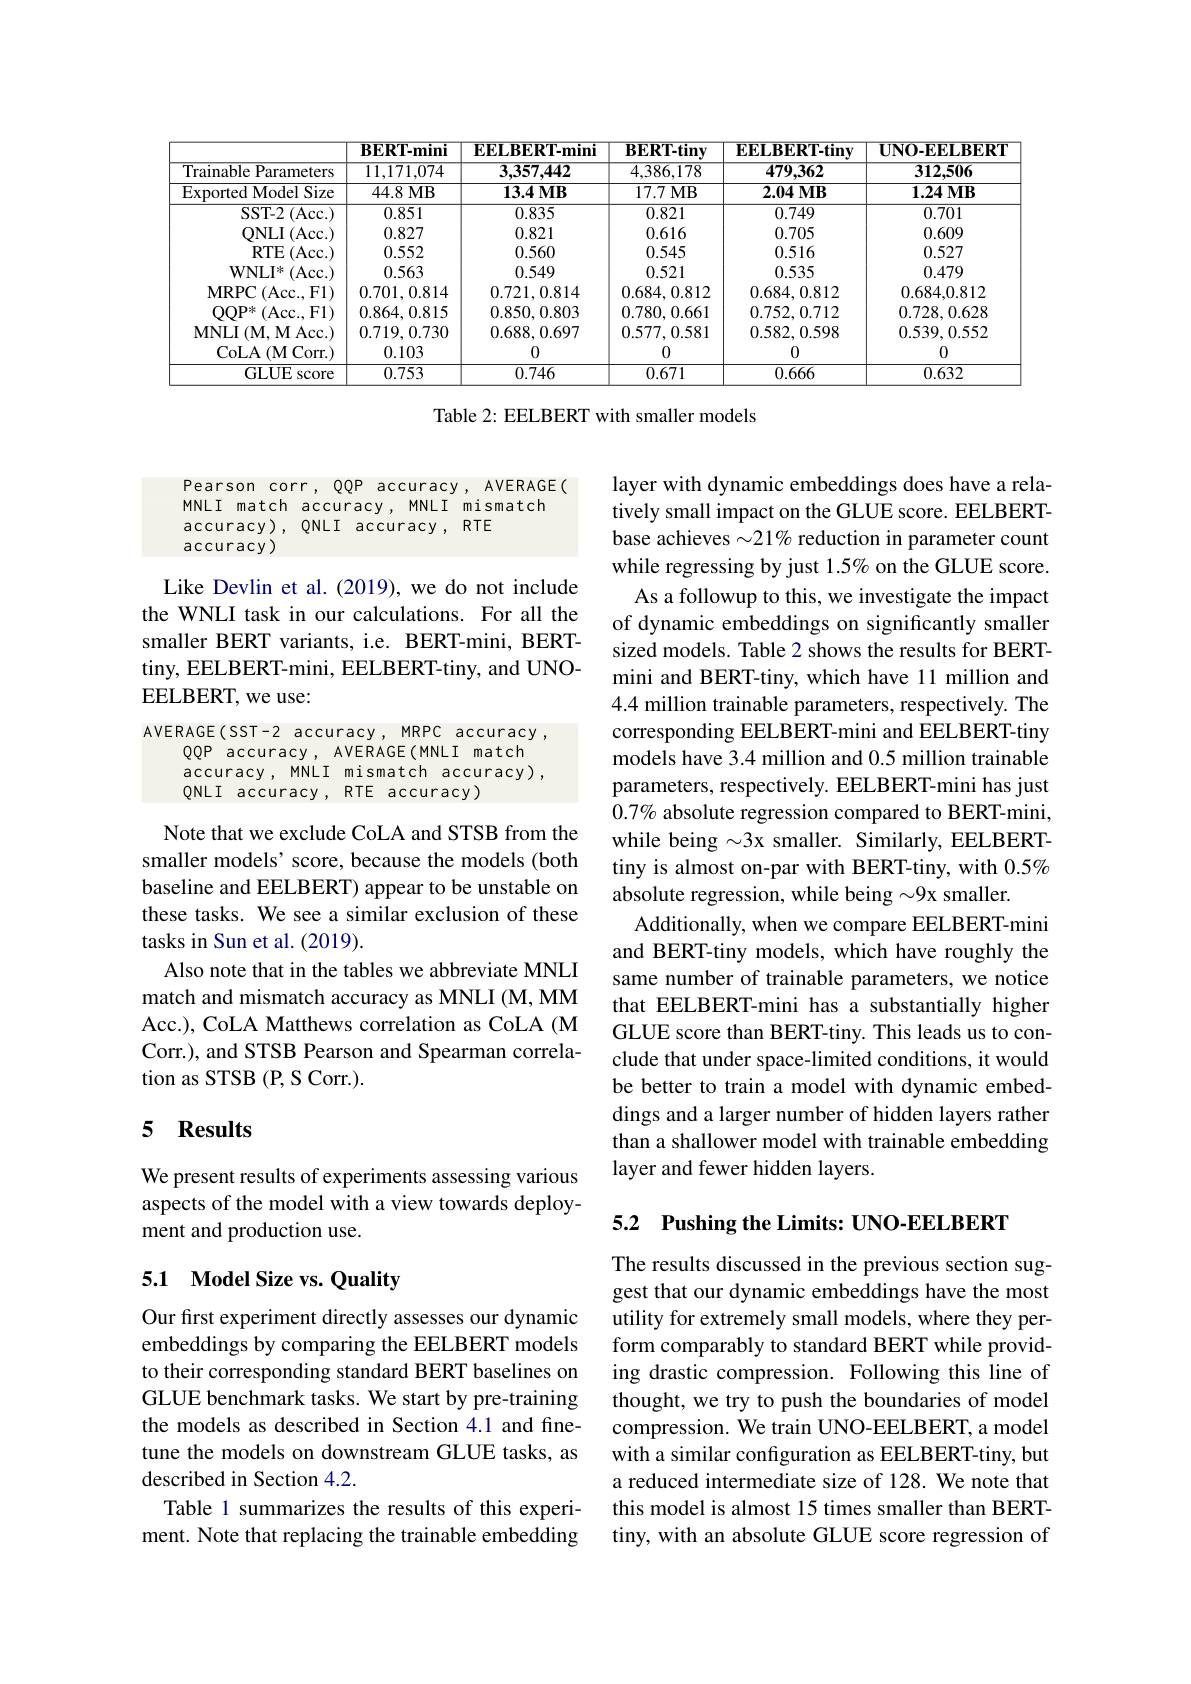
<table>
	<tbody>
		<tr>
			<th> </th>
			<th>$\mathbf{BERT-mini}$</th>
			<th>EELBERT-mini</th>
			<th>$\mathbf{BERT-tiny}$</th>
			<th>$\mathbf{EELBERT-tiny}$</th>
			<th>$\mathbf{UNO-EELBERT}$</th>
		</tr>
		<tr>
			<td>Trainable Parameters</td>
			<td>11,171,074</td>
			<td>3,357,442</td>
			<td>4,386,178</td>
			<td>479,362</td>
			<td>312,506</td>
		</tr>
		<tr>
			<td>Exported Model Size</td>
			<td>44.8MB</td>
			<td>$13.4MB$</td>
			<td>17.7MB</td>
			<td>$2.04MB$</td>
			<td>$1.24MB$</td>
		</tr>
		<tr>
			<td>SST- 2$\left ( \mathrm{Acc. }\right )$</td>
			<td>0.851</td>
			<td>0.835</td>
			<td>0.821</td>
			<td>0.749</td>
			<td>0.701</td>
		</tr>
		<tr>
			<td>QNLI$\left ( \mathrm{Acc. }\right )$</td>
			<td>0.827</td>
			<td>0.821</td>
			<td>0.616</td>
			<td>0.705</td>
			<td>0.609</td>
		</tr>
		<tr>
			<td>$RTE$ ${\mathcal{E}}\left(\mathrm{Acc.}\right)$</td>
			<td>0.552</td>
			<td>0.560</td>
			<td>0.545</td>
			<td>0.516</td>
			<td>0.527</td>
		</tr>
		<tr>
			<td>$\mathbf{WNLI}^{*}$ (Acc. )</td>
			<td>0.563</td>
			<td>0.549</td>
			<td>0.521</td>
			<td>0.535</td>
			<td>0.479</td>
		</tr>
		<tr>
			<td>MRPC$\left ( \mathrm{Acc. , F1}\right )$</td>
			<td>0.701,0.814</td>
			<td>0.721,0.814</td>
			<td>0.684,0.812</td>
			<td>0.684,0.812</td>
			<td>0.684,0.812</td>
		</tr>
		<tr>
			<td>$\mathrm{OOP}^{*}$ (Acc.,F1)</td>
			<td>0.864,0.815</td>
			<td>0.850,0.803</td>
			<td>0.780,0.661</td>
			<td>0.752,0.712</td>
			<td>0.728,0.628</td>
		</tr>
		<tr>
			<td>MNLI $\textbf{I}( \mathbf{M} , \mathbf{M}$Acc.)</td>
			<td>0.719,0.730</td>
			<td>0.688,0.697</td>
			<td>0.577,0.581</td>
			<td>0.582,0.598</td>
			<td>0.539,0.552</td>
		</tr>
		<tr>
			<td>CoLA ( M Corr. ) </td>
			<td>0.103</td>
			<td>0</td>
			<td>0</td>
			<td>0</td>
			<td>0</td>
		</tr>
		<tr>
			<td>GLUE ${\mathrm{E~score}}$</td>
			<td>0.753</td>
			<td>0.746</td>
			<td>0.671</td>
			<td>0.666</td>
			<td>0.632</td>
		</tr>
	</tbody>
</table>

Table 2: EELBERT with smaller models

Pearson corr, QQP accuracy, AVERAGE(

MNLI match accuracy, MNLI mismatch

accuracy), QNLI accuracy, RTE

accuracy)

Like Devlin et al.(2019), we do not include the WNLI task in our calculations. For all the smaller BERT variants, i.e. BERT-mini, BERTtiny, EELBERT-mini, EELBERT-tiny, and UNOEELBERT, we use:

AVERAGE(SST-2 accuracy, MRPC accuracy ,
QQP accuracy, AVERAGE(MNLI match accuracy, MNLI mismatch accuracy), QNLI accuracy , RTE accuracy )

layer with dynamic embeddings does have a relatively small impact on the GLUE score. EELBERTbase achieves $\sim21\%$ reduction in parameter count while regressing by just 1.5% on the GLUE score. As a followup to this, we investigate the impact
of dynamic embeddings on significantly smaller sized models. Table 2 shows the results for BERTmini and BERT-tiny, which have 11 million and 4.4 million trainable parameters, respectively. The corresponding EELBERT-mini and EELBERT-tiny models have 3.4 million and 0.5 million trainable parameters, respectively. EELBERT-mini has just $0.7\%$ absolute regression compared to BERT-mini, while being $\sim3$x smaller. Similarly, EELBERTtiny is almost on-par with BERT-tiny, with $0.5\%$ absolute regression, while being $\sim9$x smaller.
Additionally, when we compare EELBERT-mini and BERT-tiny models, which have roughly the same number of trainable parameters, we notice that EELBERT-mini has a substantially higher GLUE score than BERT-tiny. This leads us to conclude that under space-limited conditions, it would be better to train a model with dynamic embeddings and a larger number of hidden layers rather than a shallower model with trainable embedding layer and fewer hidden layers.

Note that we exclude CoLA and STSB from the smaller models' score, because the models (both baseline and EELBERT) appear to be unstable on these tasks. We see a similar exclusion of these tasks in Sun et al. (2019).
Also note that in the tables we abbreviate MNLI match and mismatch accuracy as MNLI (M, MM Acc.), CoLA Matthews correlation as CoLA (M Corr.), and STSB Pearson and Spearman correlation as STSB (P, S Corr.).

## 5 Results

We present results of experiments assessing various aspects of the model with a view towards deployment and production use.

5.2 Pushing the Limits: UNO-EELBERT

## 5.1 Model Size vs. Quality

The results discussed in the previous section suggest that our dynamic embeddings have the most utility for extremely small models, where they perform comparably to standard BERT while providing drastic compression. Following this line of thought, we try to push the boundaries of model compression. We train UNO-EELBERT, a model with a similar configuration as EELBERT-tiny, but a reduced intermediate size of 128. We note that this model is almost 15 times smaller than BERTtiny, with an absolute GLUE score regression of

Our first experiment directly assesses our dynamic embeddings by comparing the EELBERT models to their corresponding standard BERT baselines on GLUE benchmark tasks. We start by pre-training the models as described in Section 4.1 and finetune the models on downstream GLUE tasks, as described in Section 4.2.
Table 1 summarizes the results of this experiment. Note that replacing the trainable embedding